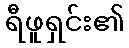
ရီဖူရှင်း၏